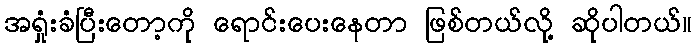
အရှုံးခံပြီးတော့ကို ရောင်းပေးနေတာ ဖြစ်တယ်လို့ ဆိုပါတယ်။